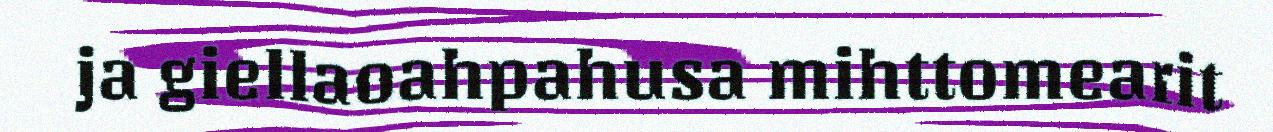
ja giellaoahpahusa mihttomearit